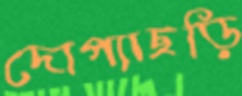
দোপ্যাছড়ি